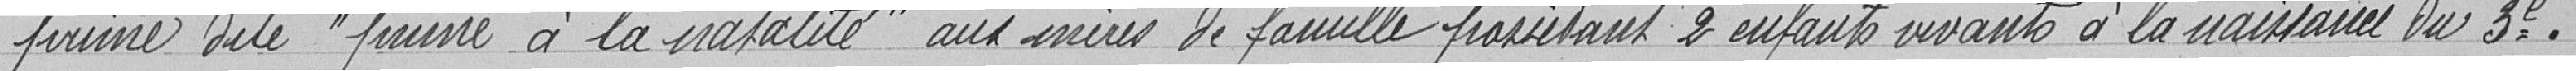
prime dite "prime à la natalité" aux mères de famille possédant 2 enfants vivants à la naissance du 3e